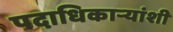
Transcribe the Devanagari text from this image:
पदाधिकार्‍यांशी